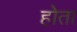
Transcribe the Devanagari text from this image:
होेता